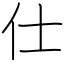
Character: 仕